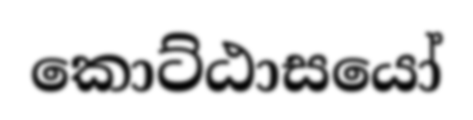
කොට්ඨාසයෝ